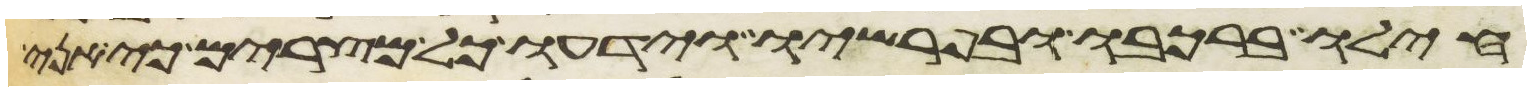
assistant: חילו ברכבו ובפרשיו וידעו כל מצרים כי אני